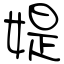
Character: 媞